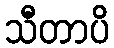
သီတာပိ